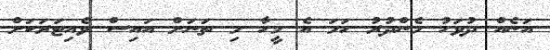
އަނެއް ދުވަހު މެންދުރު ހަމަ އެ މީހާ މި ތަނަށް އައިސް ވެއިޓަރަކަށް